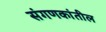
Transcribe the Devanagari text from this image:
संगणकांतील